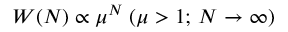
W ( N ) \propto \mu ^ { N } \; ( \mu > 1 ; \, N \to \infty )